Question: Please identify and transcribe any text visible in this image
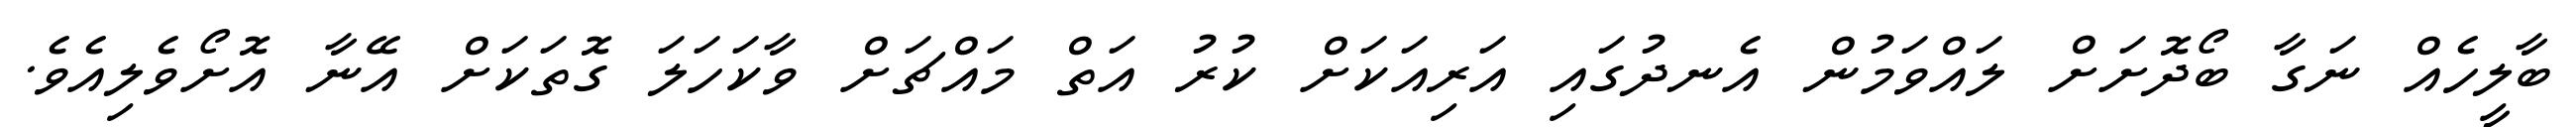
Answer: ބާލީހެއް ނަގާ ބޯދޮށަށް ލައްވަމުން އެނދުގައި އަރިއަކަށް ކުރު އަތް މައްޗަށް ވާކަހަލަ ގޮތަކަށް އޭނާ އޮށޯވެލިއެވެ.